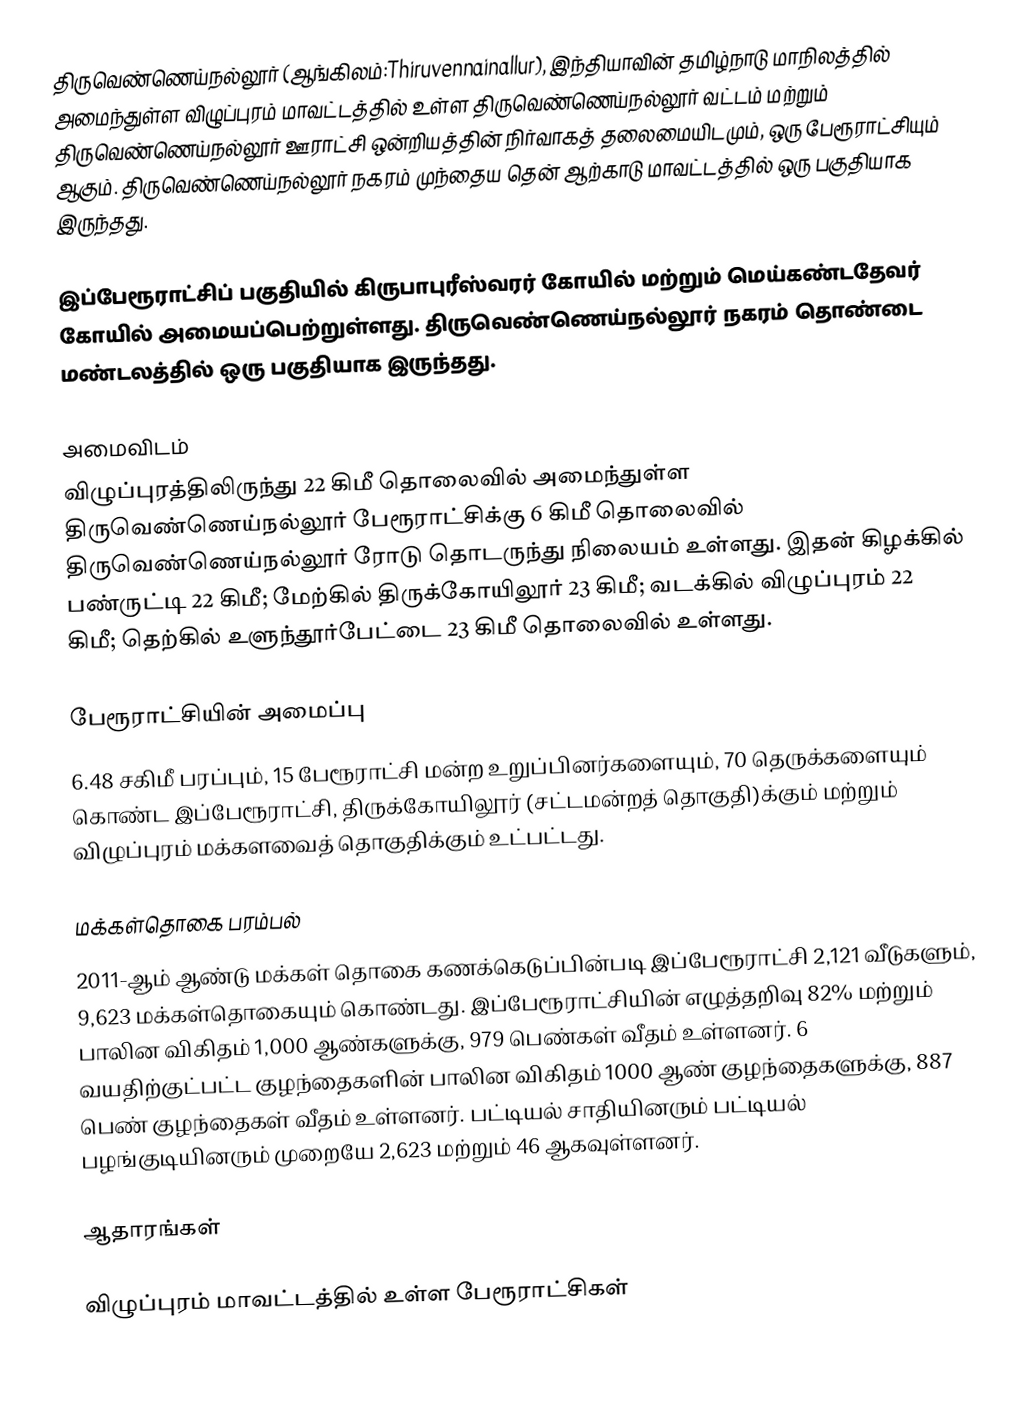
திருவெண்ணெய்நல்லூர் (ஆங்கிலம்:Thiruvennainallur), இந்தியாவின் தமிழ்நாடு மாநிலத்தில் அமைந்துள்ள விழுப்புரம் மாவட்டத்தில் உள்ள திருவெண்ணெய்நல்லூர் வட்டம் மற்றும் திருவெண்ணெய்நல்லூர் ஊராட்சி ஒன்றியத்தின் நிர்வாகத் தலைமையிடமும்,  ஒரு பேரூராட்சியும் ஆகும். திருவெண்ணெய்நல்லூர் நகரம் முந்தைய தென் ஆற்காடு மாவட்டத்தில் ஒரு பகுதியாக இருந்தது.

இப்பேரூராட்சிப் பகுதியில் கிருபாபுரீஸ்வரர் கோயில் மற்றும் மெய்கண்டதேவர் கோயில் அமையப்பெற்றுள்ளது. திருவெண்ணெய்நல்லூர் நகரம் தொண்டை மண்டலத்தில் ஒரு பகுதியாக இருந்தது.

அமைவிடம்
விழுப்புரத்திலிருந்து 22 கிமீ தொலைவில் அமைந்துள்ள திருவெண்ணெய்நல்லூர் பேரூராட்சிக்கு 6 கிமீ தொலைவில் திருவெண்ணெய்நல்லூர் ரோடு தொடருந்து நிலையம் உள்ளது.  இதன் கிழக்கில் பண்ருட்டி 22 கிமீ; மேற்கில் திருக்கோயிலூர் 23 கிமீ; வடக்கில் விழுப்புரம் 22 கிமீ; தெற்கில் உளுந்தூர்பேட்டை 23 கிமீ தொலைவில் உள்ளது.

பேரூராட்சியின் அமைப்பு
6.48 சகிமீ பரப்பும், 15 பேரூராட்சி மன்ற உறுப்பினர்களையும், 70 தெருக்களையும் கொண்ட இப்பேரூராட்சி, திருக்கோயிலூர் (சட்டமன்றத் தொகுதி)க்கும் மற்றும் விழுப்புரம் மக்களவைத் தொகுதிக்கும் உட்பட்டது.

மக்கள்தொகை பரம்பல்
2011-ஆம் ஆண்டு மக்கள் தொகை கணக்கெடுப்பின்படி   இப்பேரூராட்சி 2,121  வீடுகளும், 9,623 மக்கள்தொகையும் கொண்டது.  இப்பேரூராட்சியின் எழுத்தறிவு  82% மற்றும் பாலின விகிதம் 1,000 ஆண்களுக்கு, 979 பெண்கள் வீதம் உள்ளனர். 6 வயதிற்குட்பட்ட குழந்தைகளின் பாலின விகிதம் 1000 ஆண் குழந்தைகளுக்கு, 887  பெண் குழந்தைகள் வீதம் உள்ளனர். பட்டியல் சாதியினரும் பட்டியல் பழங்குடியினரும் முறையே 2,623  மற்றும் 46 ஆகவுள்ளனர்.

ஆதாரங்கள்

விழுப்புரம் மாவட்டத்தில் உள்ள பேரூராட்சிகள்